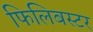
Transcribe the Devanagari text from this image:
फिलिबस्टर